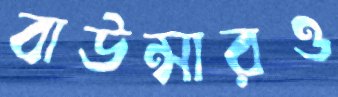
বাউন্সারও